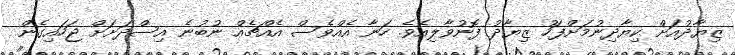
ޒިޔާދުއަށް ކިޔާދިނުމަށްފަހު ޒިޔާދު ފޮނުވާލިއެވެ. ހަނާ އެއްވެސް އެއްޗެއް ނުބުނެ އިސްދަށަށް ޖަހައިގެން